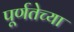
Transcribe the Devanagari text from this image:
पूर्णतेच्या